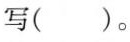
写()。